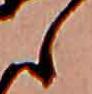
ら